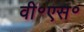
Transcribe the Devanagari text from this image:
वी॰एस॰